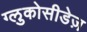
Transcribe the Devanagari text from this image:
ग्लुकोसीडेज़